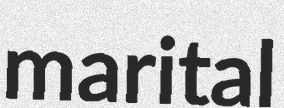
marital